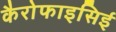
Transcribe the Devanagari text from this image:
कैरोफाइसिई